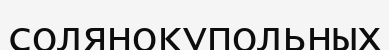
солянокупольных